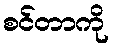
စင်တာကို